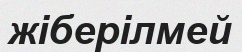
жіберілмей